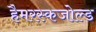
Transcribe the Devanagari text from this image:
हैमरस्कजोल्‍ड